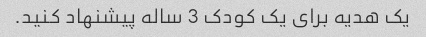
یک هدیه برای یک کودک 3 ساله پیشنهاد کنید.